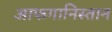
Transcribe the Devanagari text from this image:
आफगानिस्तान